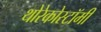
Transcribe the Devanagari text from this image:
थोरेकोस्टॉमी